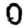
Digit: 0